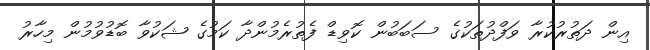
އިން ދަތުރުކުރާ ވަފްދުތަކުގެ ސަބަބުން ކޮވިޑް ފެތުރެމުންދާ ކަމުގެ ޝަކުވާ ބޮޑުވުމުން މިހާރު